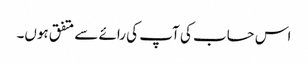
اس حساب کی آپ کی رائے سے متفق ہوں۔